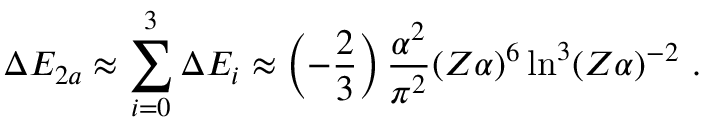
\Delta E _ { 2 a } \approx \sum _ { i = 0 } ^ { 3 } \Delta E _ { i } \approx \left( - \frac { 2 } { 3 } \right) \frac { \alpha ^ { 2 } } { \pi ^ { 2 } } ( Z \alpha ) ^ { 6 } \ln ^ { 3 } ( Z \alpha ) ^ { - 2 } \ .